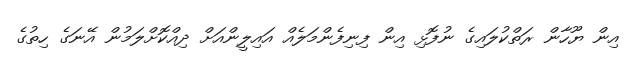
އިން ޔޫހާން ރަތްކުލައިގެ ނުފޮޅި އިން ފިނިފެންމަލެއް އައިލީންއަށް ދިއްކޮށްލަމުން އޭނަގެ ހިތުގެ